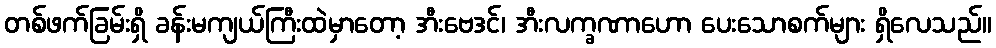
တစ်ဖက်ခြမ်းရှိ ခန်းမကျယ်ကြီးထဲမှာတော့ အီးဗေဒင်၊ အီးလက္ခဏာဟော ပေးသောစက်များ ရှိလေသည်။